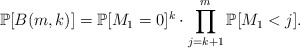
\begin{align*} \mathbb{P}[B(m,k)]=\mathbb{P}[M_1=0]^k\cdot\prod_{j=k+1}^{m}\mathbb{P}[M_1<j]. \end{align*}